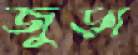
জুড়া